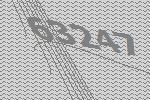
63247